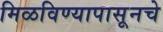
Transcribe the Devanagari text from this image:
मिळविण्यापासूनचे